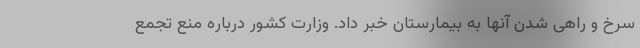
سرخ و راهی شدن آنها به بیمارستان خبر داد. وزارت کشور درباره منع تجمع